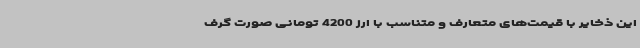
این ذخایر با قیمت‌های متعارف و متناسب با ارز 4200 تومانی صورت گرف